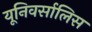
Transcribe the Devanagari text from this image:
यूनिवर्सालिस